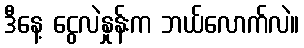
ဒီနေ့ ငွေလဲနှုန်းက ဘယ်လောက်လဲ။